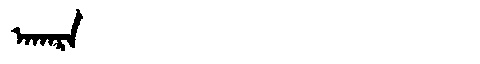
Manchu: ᠠᡴᠠᡵᠠ
Romanization: AKARA